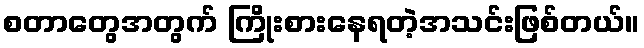
စတာတွေအတွက် ကြိုးစားနေရတဲ့အသင်းဖြစ်တယ်။